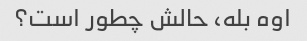
اوه بله، حالش چطور است؟